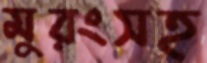
মুরংসহ